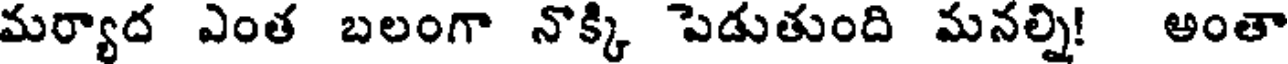
మర్యాద ఎంత బలంగా నొక్కి పెడుతుంది మనల్ని! అంతా